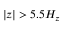
| z | > 5 . 5 H _ { z }